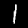
Label: 1